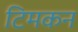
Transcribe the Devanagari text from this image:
टिमकन